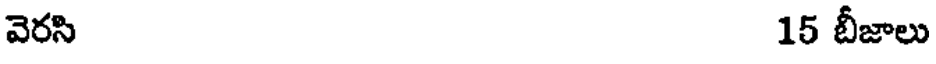
వెరసి 15 బీజాలు